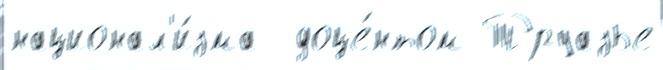
национал'и́зма  доце́нтом Труазье